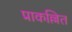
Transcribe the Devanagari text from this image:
प्राकल्लित